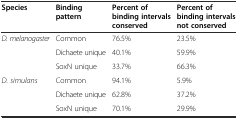
<table><thead><tr><td><b>Species</b></td><td><b>Binding pattern</b></td><td><b>Percent of binding intervals conserved</b></td><td><b>Percent of binding intervals not conserved</b></td></tr></thead><tbody><tr><td><i>D. melanogaster</i></td><td>Common</td><td>76.5%</td><td>23.5%</td></tr><tr><td></td><td>Dichaete unique</td><td>40.1%</td><td>59.9%</td></tr><tr><td></td><td>SoxN unique</td><td>33.7%</td><td>66.3%</td></tr><tr><td><i>D. simulans</i></td><td>Common</td><td>94.1%</td><td>5.9%</td></tr><tr><td></td><td>Dichaete unique</td><td>62.8%</td><td>37.2%</td></tr><tr><td></td><td>SoxN unique</td><td>70.1%</td><td>29.9%</td></tr></tbody></table>